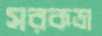
সরকডা